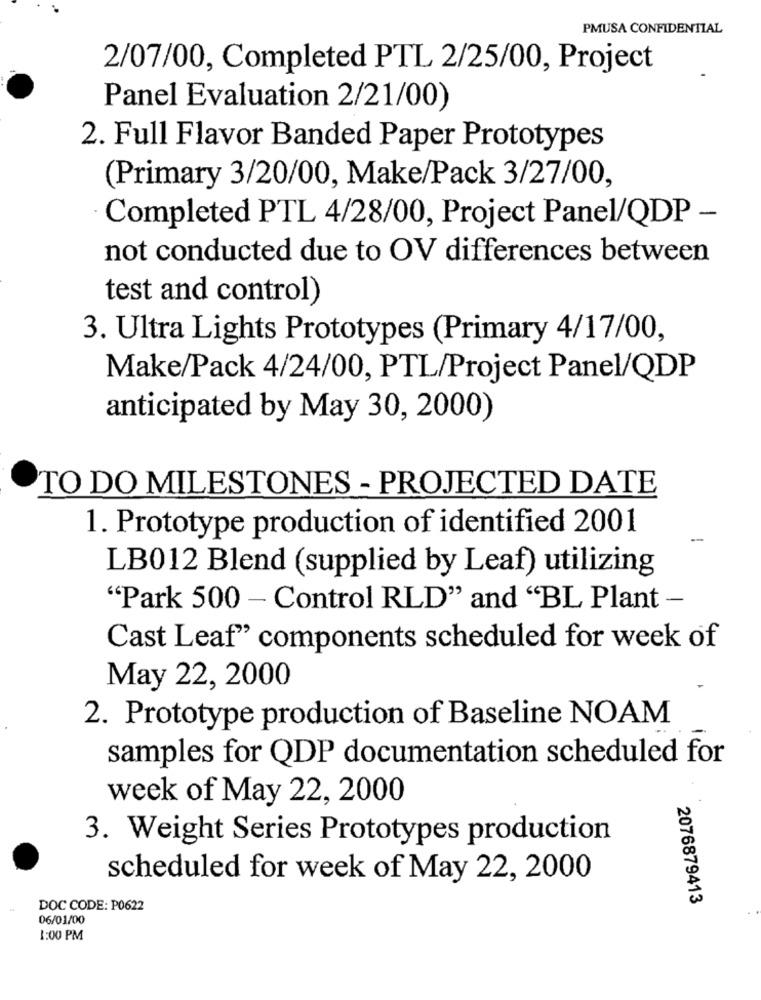
PMUSA CONFIDENTIAL
2/07/00, Completed PTL 2/25/00, Project
Panel Evaluation 2/21/00)
2. Full Flavor Banded Paper Prototypes
(Primary 3/20/00, Make/Pack 3/27/00,
Completed PTL 4/28/00, Project Panel/QDP -
not conducted due to OV differences between
test and control)
3. Ultra Lights Prototypes (Primary 4/17/00,
Make/Pack 4/24/00, PTL/Project Panel/QDP
anticipated by May 30, 2000)
TO DO MILESTONES - PROJECTED DATE
1. Prototype production of identified 2001
LB012 Blend (supplied by Leaf) utilizing
"Park 500 - Control RLD" and "BL Plant -
Cast Leaf" components scheduled for week of
May 22, 2000
2. Prototype production of Baseline NOAM
samples for QDP documentation scheduled for
week of May 22, 2000
3. Weight Series Prototypes production
scheduled for week of May 22, 2000
2076879413
DOC CODE: P0622
06/01/00
1:00 PM